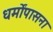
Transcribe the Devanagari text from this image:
धर्मोंपासना